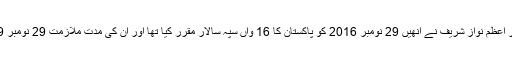
یاد رہے کہ جنرل قمر جاوید باجوہ اس وقت پاک فوج کے آرمی چیف ہیں، سابقہ وزیر اعظم نواز شریف نے انھیں 29 نومبر 2016 کو پاکستان کا 16 واں سپہ سالار مقرر کیا تھا اور ان کی مدت ملازمت 29 نومبر 2019 کو ختم ہونا تھی، تاہم اب وہ مزید تین سال آرمی چیف کے عہدے پر رہیں گے۔